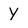
Character: y